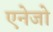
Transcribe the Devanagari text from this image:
एनेजो